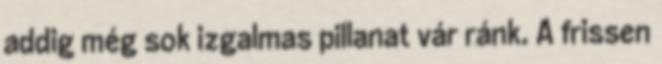
addig még sok izgalmas pillanat vár ránk. A frissen